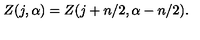
Z ( j , \alpha ) = Z ( j + n / 2 , \alpha - n / 2 ) .